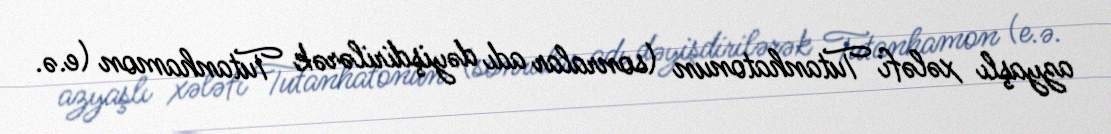
azyaşlı xələfi Tutanhatonun (sonralar adı dəyişdirilərək Tutanhamon (e.ə.